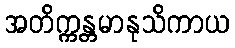
အတိက္ကန္တမာနုသိကာယ